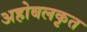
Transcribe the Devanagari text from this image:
अहोबलकृत